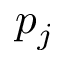
p _ { j }